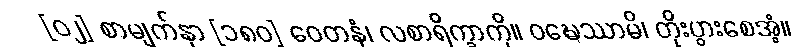
[၀၂] စာမျက်နှာ [၁၈၀] ဝေတနံ၊ လစာရိက္ခာကို။ ဝဍ္ဎေဿာမိ၊ တိုးပွားစေအံ့။